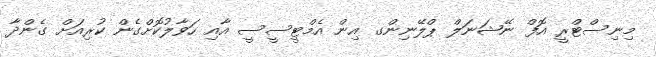
މިނިސްޓްރީ އޮފް ނޭޝަނަލް ޕްލޭނިންގ އިން އެމްޓީސީސީ އާއި ހަވާލުކޮށްގެން ކުރިއަށް ގެންދާ